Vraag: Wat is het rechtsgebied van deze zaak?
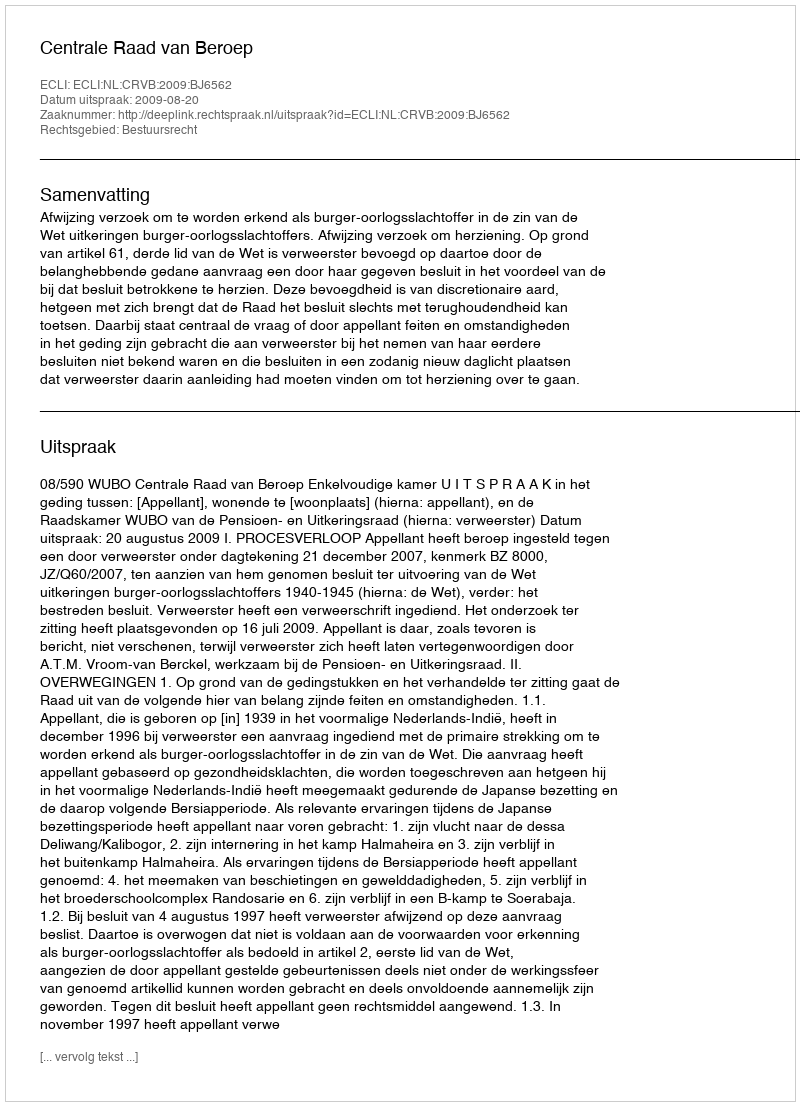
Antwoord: Bestuursrecht